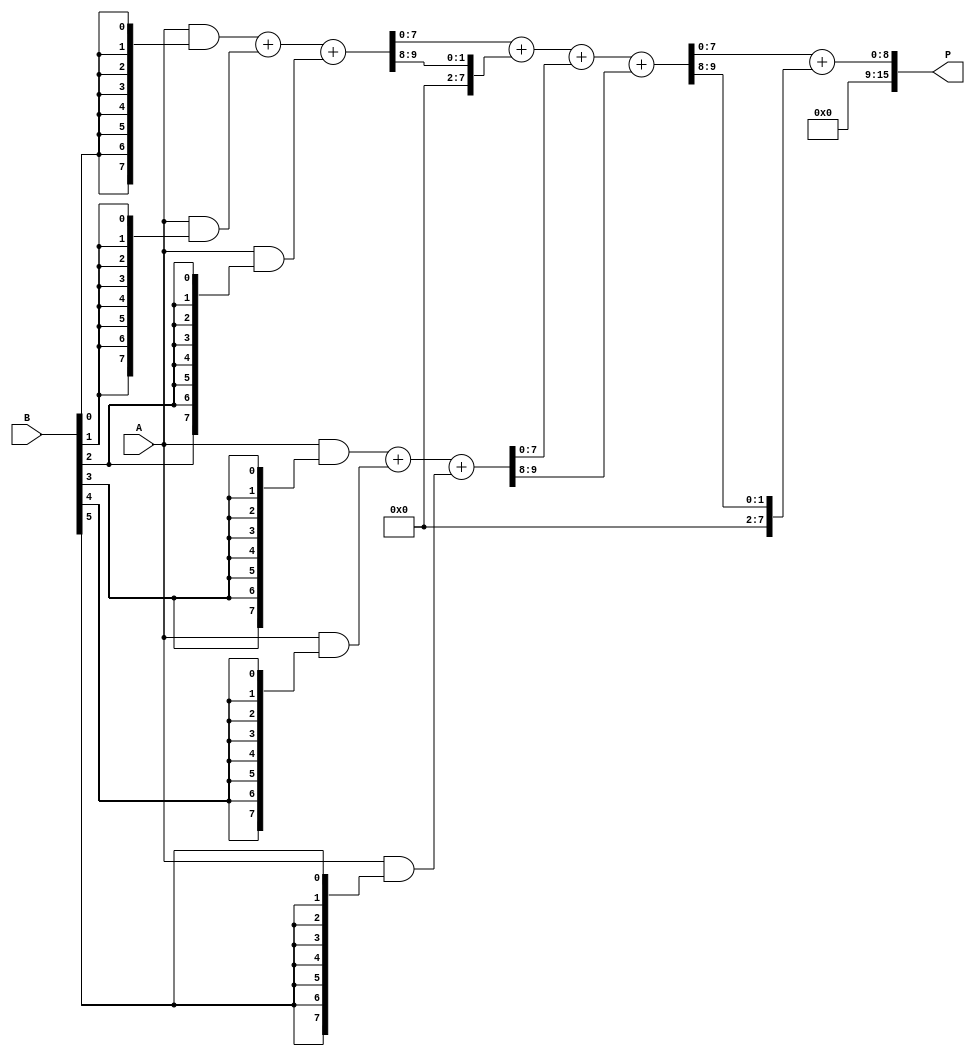
module wallace_tree_multiplier #(parameter N = 8) (
    input [N-1:0] A,    // Multiplicand
    input [N-1:0] B,    // Multiplier
    output [2*N-1:0] P  // Product
);

    // Generate partial products
    wire [N-1:0] pp [0:N-1]; // Partial products
    genvar i, j;
    generate
        for (i = 0; i < N; i = i + 1) begin : pp_gen
            assign pp[i] = A & {N{B[i]}}; // AND operation to generate partial products
        end
    endgenerate

    // Carry-save adder (CSA) structure
    wire [N-1:0] sum [0:N/3]; // Sums from CSAs
    wire [N-1:0] carry [0:N/3]; // Carries from CSAs
    wire [N-1:0] final_sum, final_carry;

    // CSA reduction
    generate
        for (i = 0; i < N/3; i = i + 1) begin : csa_reduction
            if (i < (N/3) - 1) begin
                assign {carry[i], sum[i]} = pp[3*i] + pp[3*i+1] + pp[3*i+2];
            end else begin
                assign {carry[i], sum[i]} = pp[3*i] + pp[3*i+1] + (i*3+2 < N ? pp[3*i+2] : 0);
            end
        end
    endgenerate

    // Final addition
    wire [N-1:0] intermediate_sum, intermediate_carry;
    assign {intermediate_carry, intermediate_sum} = sum[0] + carry[0];

    // Further reductions if necessary
    generate
        for (i = 1; i < (N/3); i = i + 1) begin : final_reduction
            assign {final_carry, final_sum} = intermediate_sum + sum[i] + carry[i];
        end
    endgenerate

    // Final product calculation
    assign P = final_sum + final_carry;

endmodule